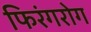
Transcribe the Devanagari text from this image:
फिरंगरोग